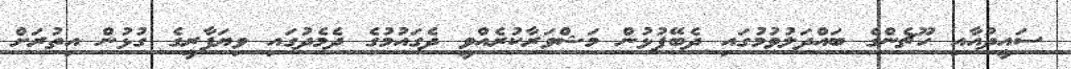
ސައީދުއާއި ހޫޗެންގެ ބައްދަލުވުމުގައި ދެބޭފުޅުން މަޝްވަރާކުރެއްވީ ދެގައުމުގެ ދެމެދުގައި ވިޔަފާރީގެ ގުޅުން އިތުރަށް